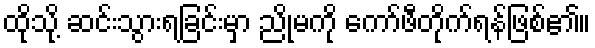
ထိုသို့ ဆင်းသွားရခြင်းမှာ ညိုမကို ကော်ဖီတိုက်ရန်ဖြစ်၏။